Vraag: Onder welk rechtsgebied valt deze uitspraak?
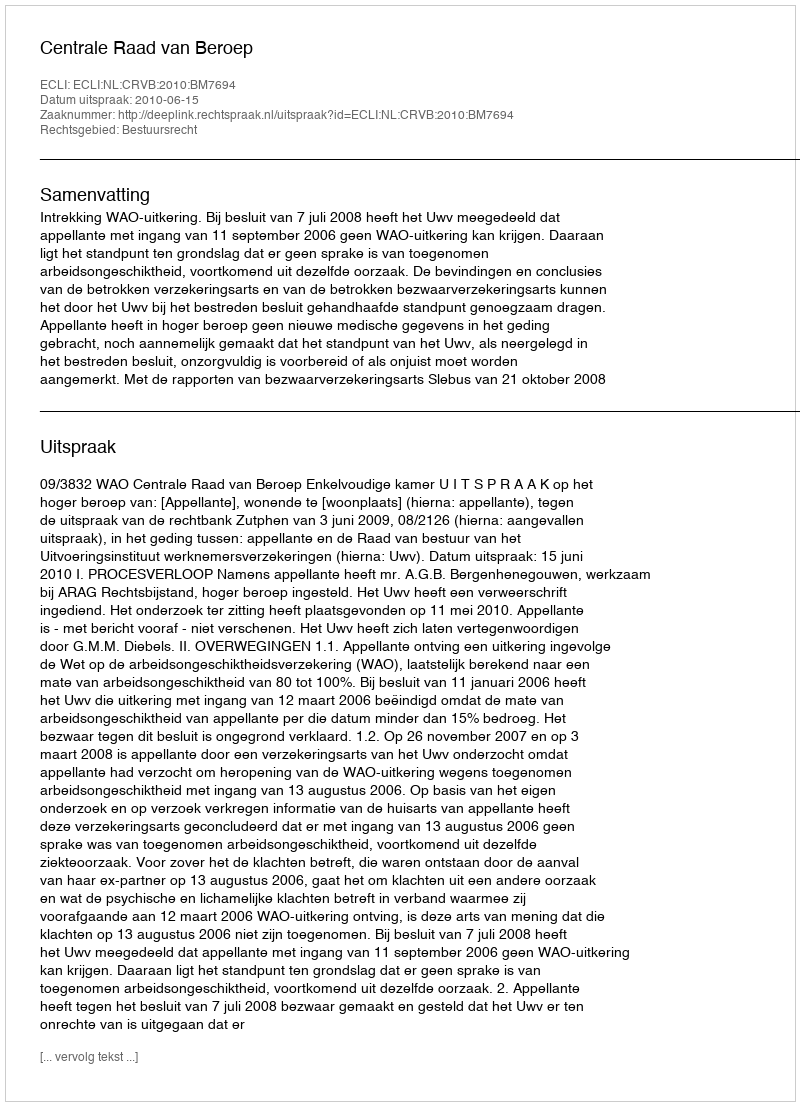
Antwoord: Bestuursrecht